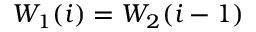
W _ { 1 } ( i ) = W _ { 2 } ( i - 1 )